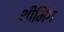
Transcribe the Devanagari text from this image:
थीमिंग